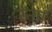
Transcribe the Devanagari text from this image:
स्नव